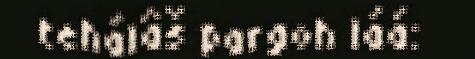
tehálâš pargoh láá: